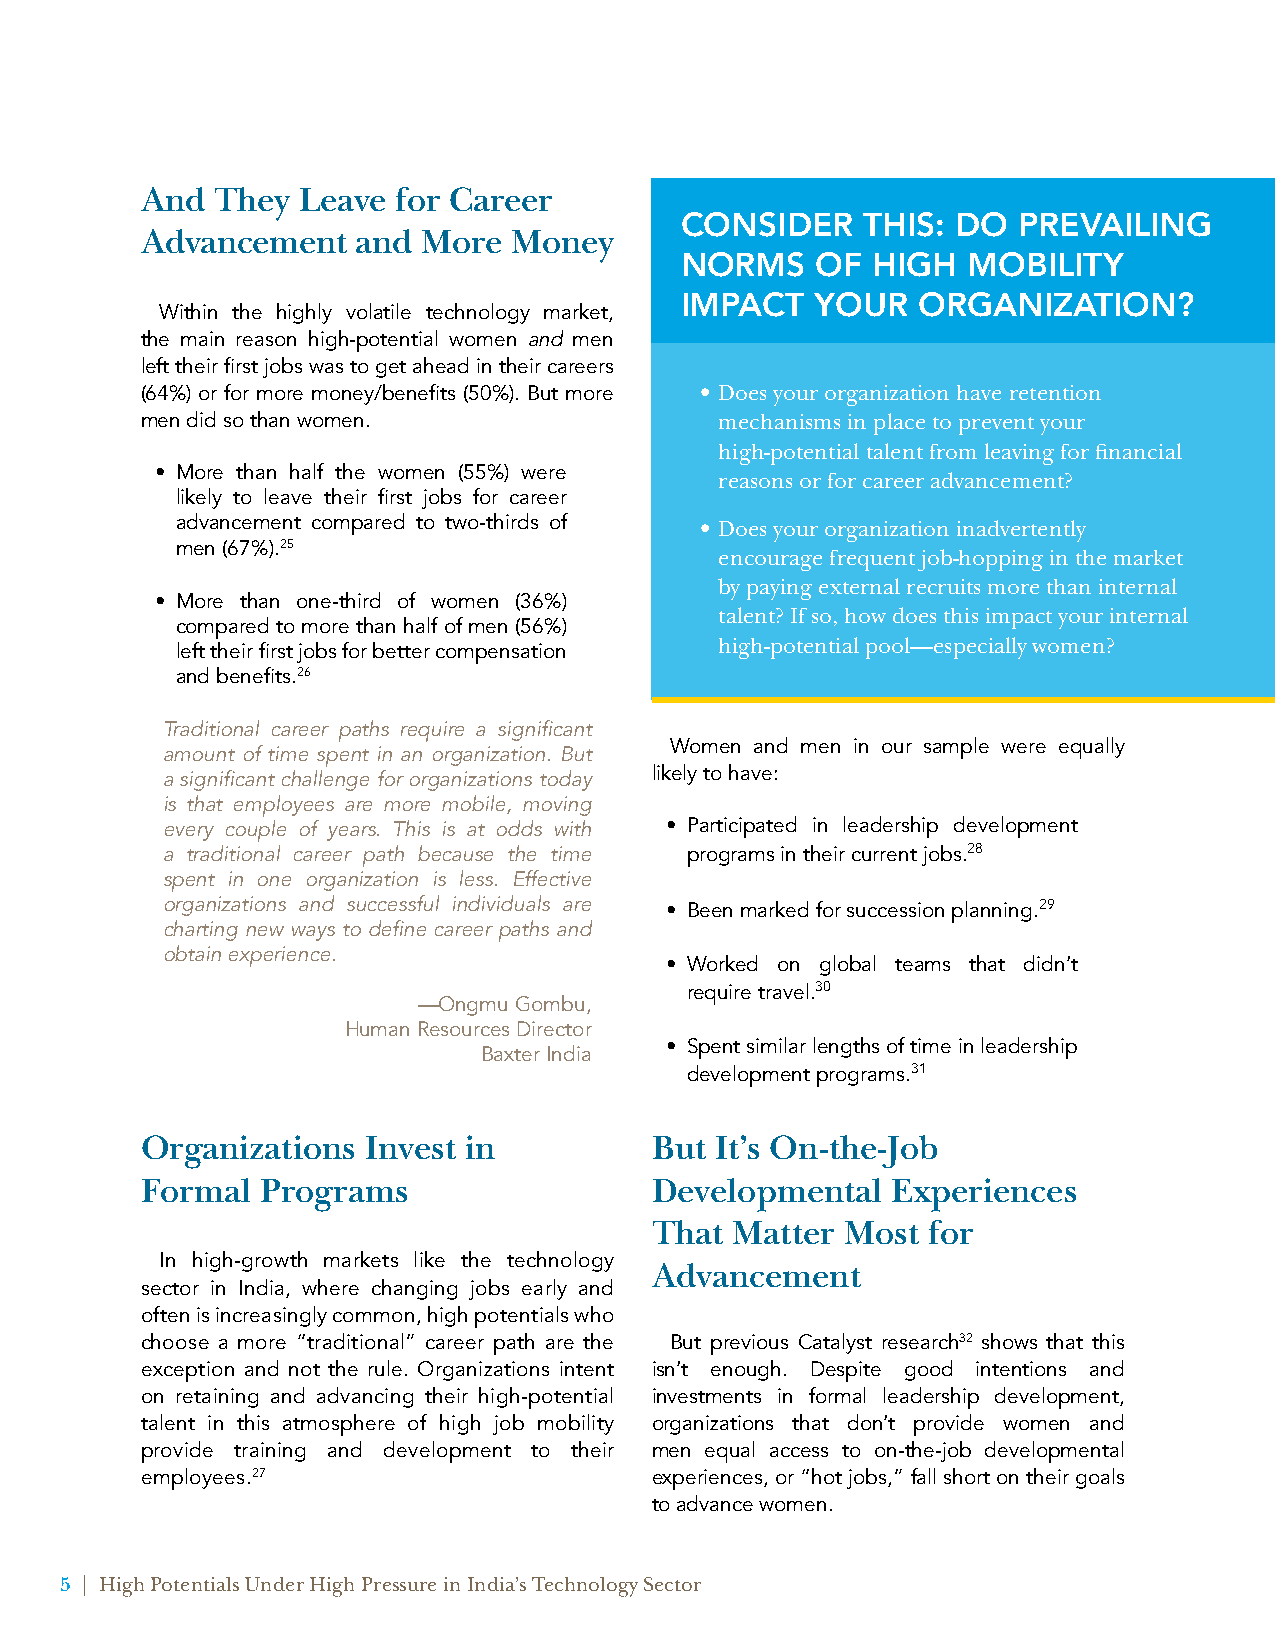
And  They  Leave for Career
 CONSIDER    THIS: DO  PREVAILING
 Advancement    and More  Money
 NORMS    OF  HIGH  MOBILITY
 IMPACT   YOUR   ORGANIZATION?
 Within the highly volatile technology market,
 the main reason high-potential women and men
 left their first jobs was to get ahead in their careers
 (64%) or for more money/benefits (50%). But more • Does your organization have retention
 men did so than women.                 mechanisms in place to prevent your
 high-potential talent from leaving for financial
 • More than half the women (55%) were
 reasons or for career advancement?
 likely to leave their first jobs for career
 advancement compared to two-thirds of • Does your organization inadvertently
 men (67%).25
 encourage frequent job-hopping in the market
 by paying external recruits more than internal
 • More than one-third of women (36%)
 talent? If so, how does this impact your internal
 compared to more than half of men (56%)
 high-potential pool—especially women?
 left their first jobs for better compensation
 and benefits.26
 Traditional career paths require a significant
 Women and men in our sample were equally
 amount of time spent in an organization. But
 a significant challenge for organizations today likely to have:
 is that employees are more mobile, moving
 every couple of years. This is at odds with • Participated in leadership development
 a traditional career path because the time programs in their current jobs.28
 spent in one organization is less. Effective
 organizations and successful individuals are • Been marked for succession planning.29
 charting new ways to define career paths and
 obtain experience.
 • Worked on global teams that didn’t
 require travel.30
 —Ongmu Gombu,
 Human Resources Director
 • Spent similar lengths of time in leadership
 Baxter India
 development programs.31
 Organizations  Invest in          But It’s On-the-Job
 Formal  Programs                  Developmental   Experiences
 That  Matter Most for
 In high-growth markets like the technology
 Advancement
 sector in India, where changing jobs early and
 often is increasingly common, high potentials who
 choose a more “traditional” career path are the But previous Catalyst research32 shows that this
 exception and not the rule. Organizations intent isn’t enough. Despite good intentions and
 on retaining and advancing their high-potential investments in formal leadership development,
 talent in this atmosphere of high job mobility organizations that don’t provide women and
 provide training and development to their men equal access to on-the-job developmental
 employees.27                      experiences, or “hot jobs,” fall short on their goals
 to advance women.
 5 | High Potentials Under High Pressure in India’s Technology Sector